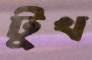
টুখ